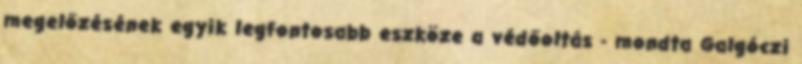
megelőzésének egyik legfontosabb eszköze a védőoltás - mondta Galgóczi